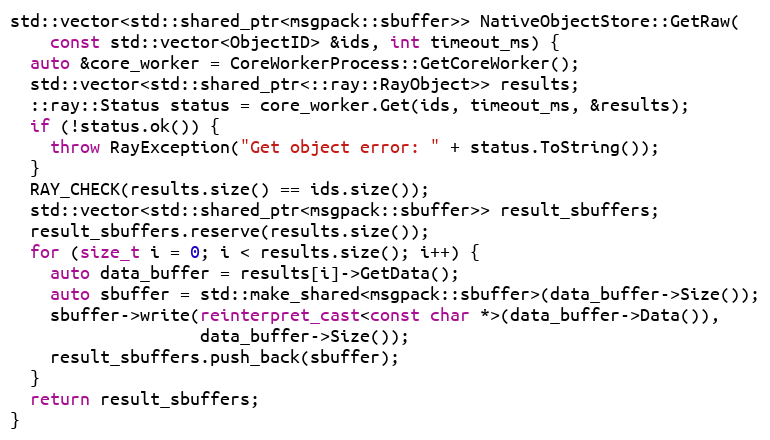
Language: C++
std::vector<std::shared_ptr<msgpack::sbuffer>> NativeObjectStore::GetRaw(
    const std::vector<ObjectID> &ids, int timeout_ms) {
  auto &core_worker = CoreWorkerProcess::GetCoreWorker();
  std::vector<std::shared_ptr<::ray::RayObject>> results;
  ::ray::Status status = core_worker.Get(ids, timeout_ms, &results);
  if (!status.ok()) {
    throw RayException("Get object error: " + status.ToString());
  }
  RAY_CHECK(results.size() == ids.size());
  std::vector<std::shared_ptr<msgpack::sbuffer>> result_sbuffers;
  result_sbuffers.reserve(results.size());
  for (size_t i = 0; i < results.size(); i++) {
    auto data_buffer = results[i]->GetData();
    auto sbuffer = std::make_shared<msgpack::sbuffer>(data_buffer->Size());
    sbuffer->write(reinterpret_cast<const char *>(data_buffer->Data()),
                   data_buffer->Size());
    result_sbuffers.push_back(sbuffer);
  }
  return result_sbuffers;
}